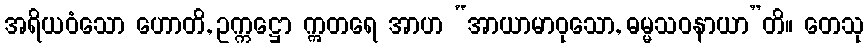
အရိယဝံသော ဟောတိ, ဥက္ကဋ္ဌော ဣတရေ အာဟ “အာယာမာဝုသော, ဓမ္မသဝနာယာ”တိ။ တေသု